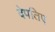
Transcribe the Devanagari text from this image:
देपतिए